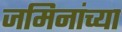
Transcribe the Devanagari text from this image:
जमिनांच्या